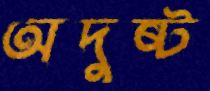
অদুষ্ট